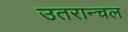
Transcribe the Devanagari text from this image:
उतरान्चल